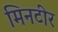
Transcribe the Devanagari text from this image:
मिनटीर